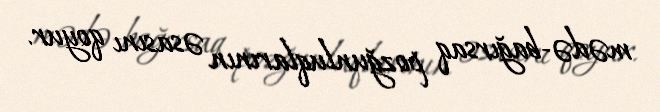
mədə-bağırsaq pozğunluqlarının əsasını qoyur.